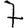
Digit: 7